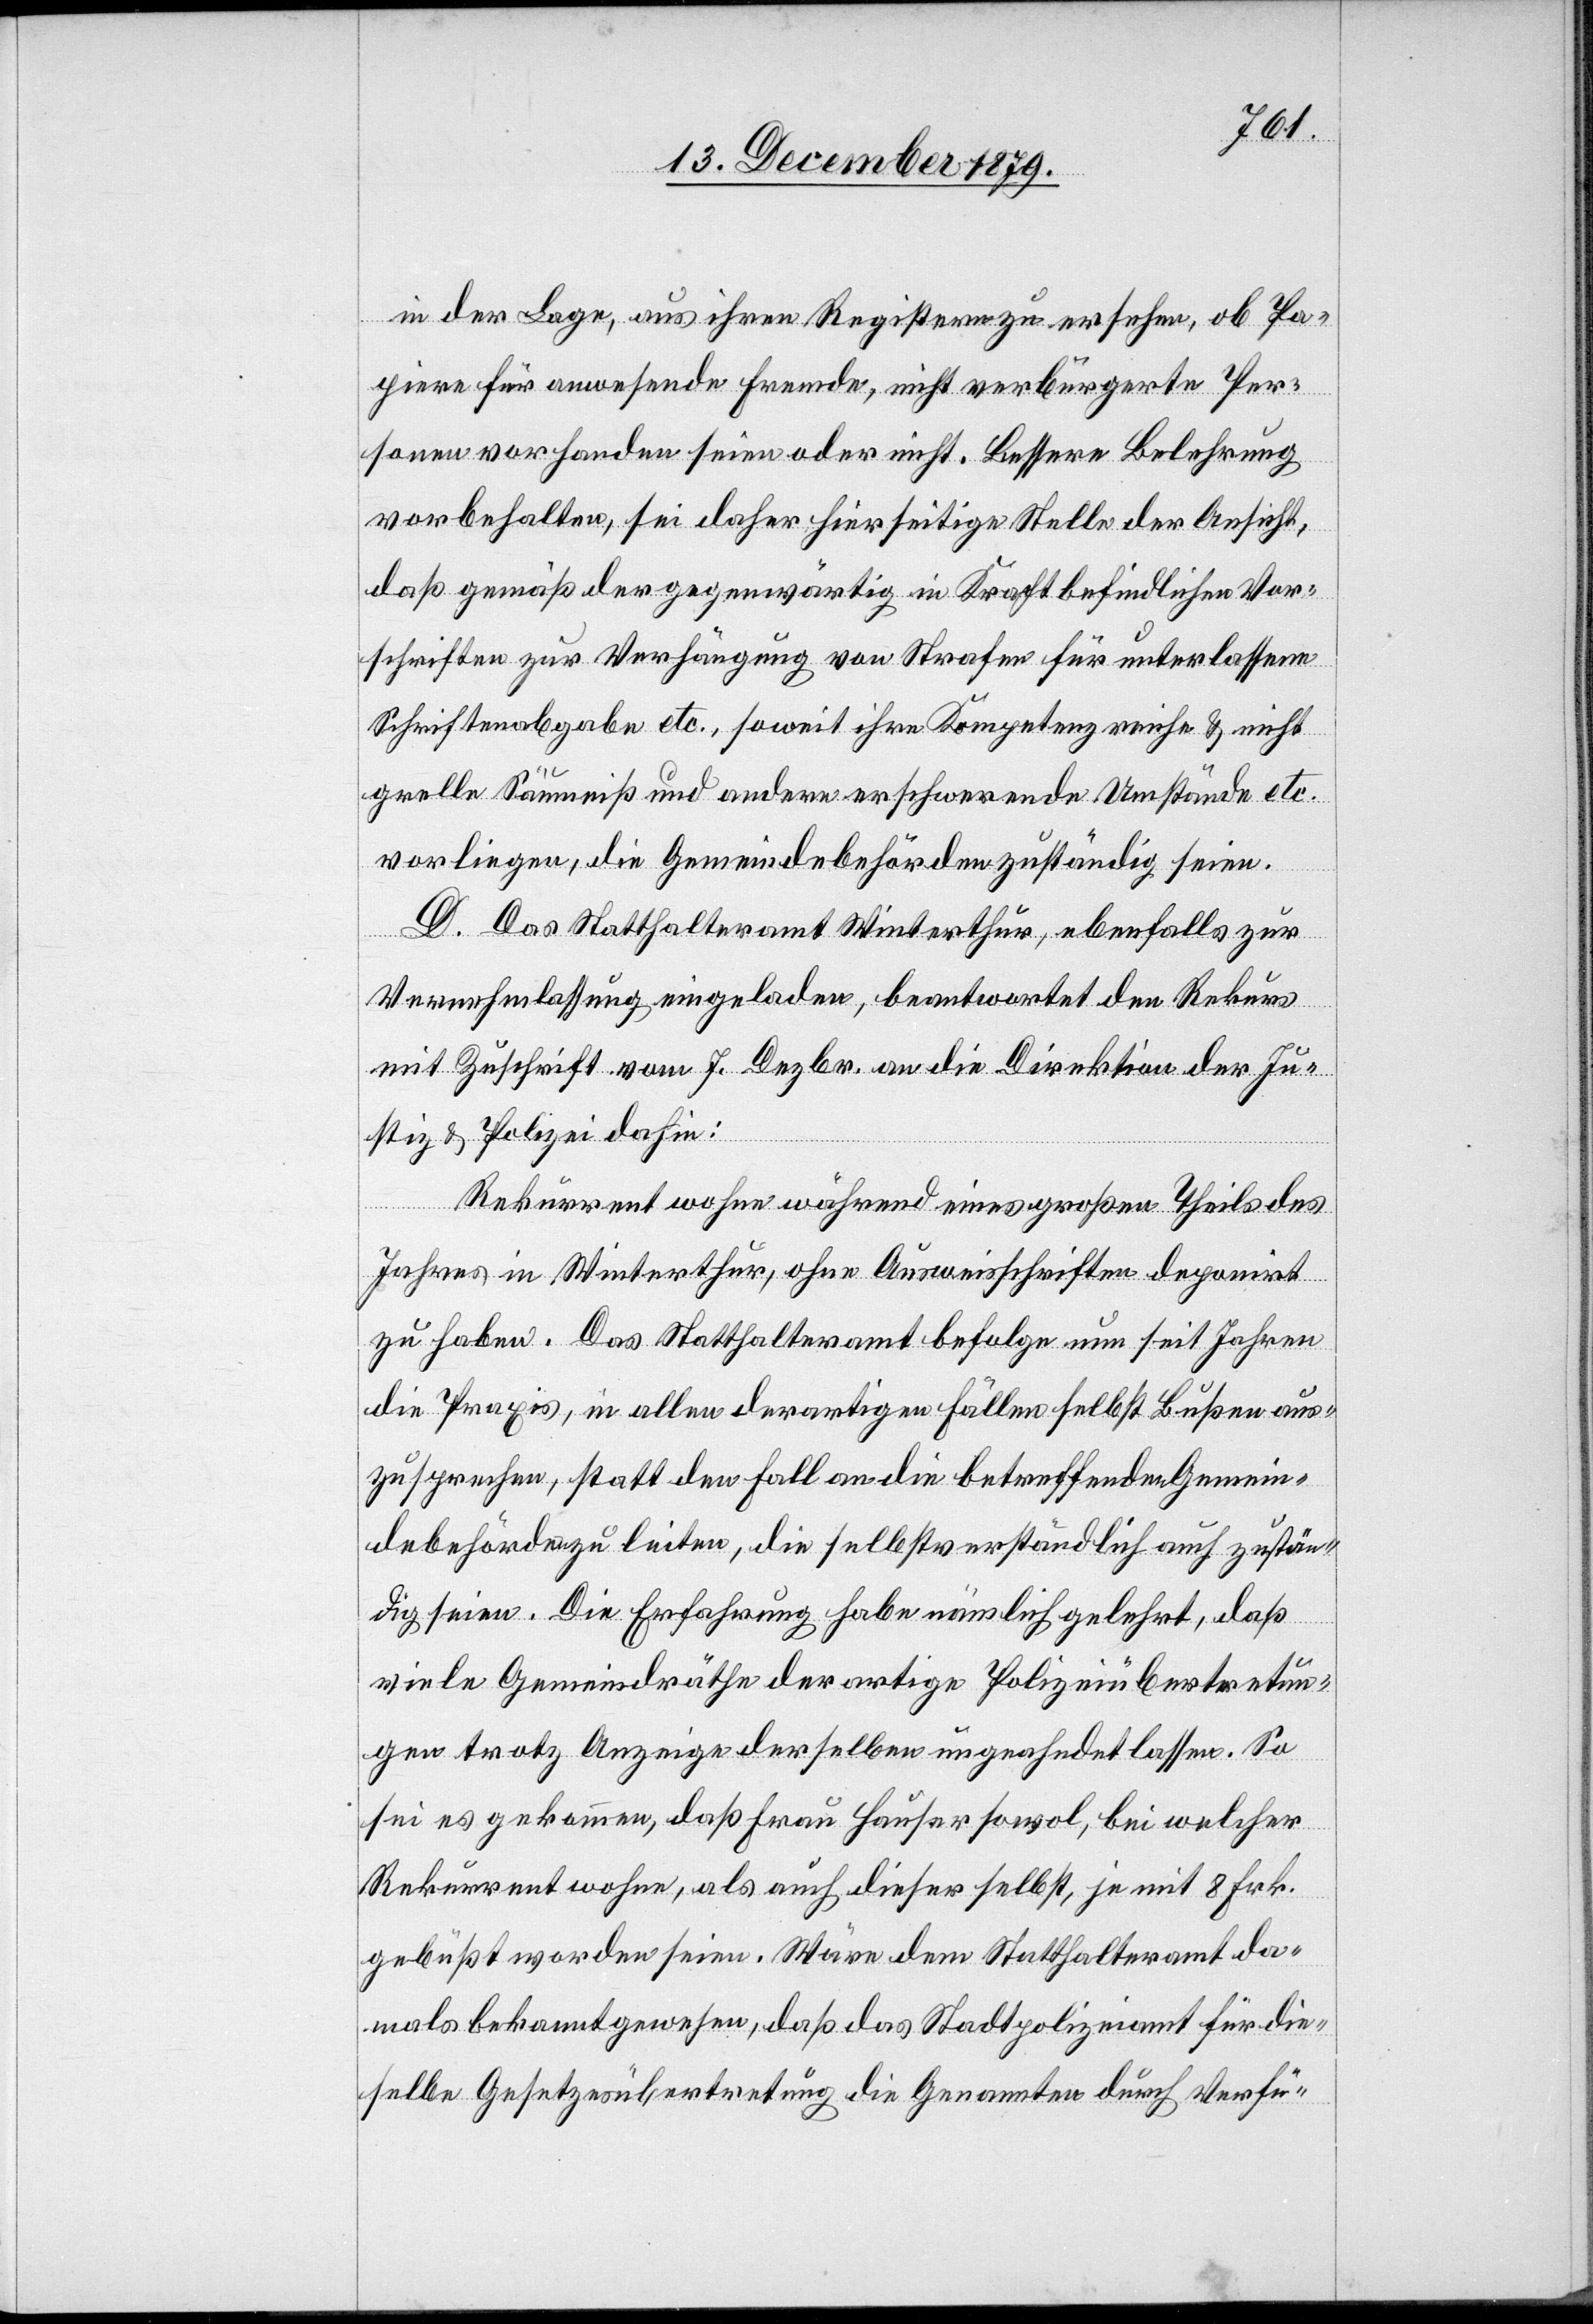
in der Lage, aus ihren Registern zu ersehen, ob Pa¬
piere für anwesende Fremde, nicht verbürgerte Per¬
sonen vorhanden seien oder nicht. Bessere Belehrung
vorbehalten, sei daher hierseitige Stelle der Ansicht,
daß gemäß der gegenwärtig in Kraft befindlichen Vor¬
schriften zur Verhängung von Strafen für unterlassene
Schriftenabgabe etc., soweit ihre Kompetenz reiche & nicht
grelle Säumniß und andern erschwerende Umstände etc.
vorliegen, die Gemeindebehörden zuständig seien.
D. Das Statthalteramt Winterthur, ebenfalls zur
Vernehmlassung eingeladen, beantwortet den Rekurs
mit Zuschrift vom 7. Dezbr. an die Direktion der Ju¬
stiz & Polizei dahin:
Rekurrent wohne während eines großen Theils des
Jahres in Winterthur, ohne Ausweisschriften deponirt
zu haben. Das Statthalteramt befolge nun seit Jahren
die Praxis, in allen derartigen Fällen selbst Bußen aus¬
zusprechen, statt den Fall an die betreffenden Gemein¬
debehörden zu leiten, die selbstverständlich auch zustän¬
dig seien. Die Erfahrung habe nämlich gelehrt, daß
viele Gemeindräthe derartige Polizeiübertretun¬
gen trotz Anzeige derselben ungeahndet lassen. So
sei es gekommen, daß Frau Hauser sowol, bei welcher
Rekurrent wohne, als auch dieser selbst, je mit 8 Frk.
gebüßt worden seien. Wäre dem Statthalteramt da¬
mals bekannt gewesen, daß das Stadtpolizeiamt für die
selbe Gesetzesübertretung die Genannten durch Verfü-